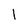
Character: 1